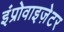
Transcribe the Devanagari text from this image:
इंप्रोवाइज़ेटर